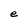
Character: e